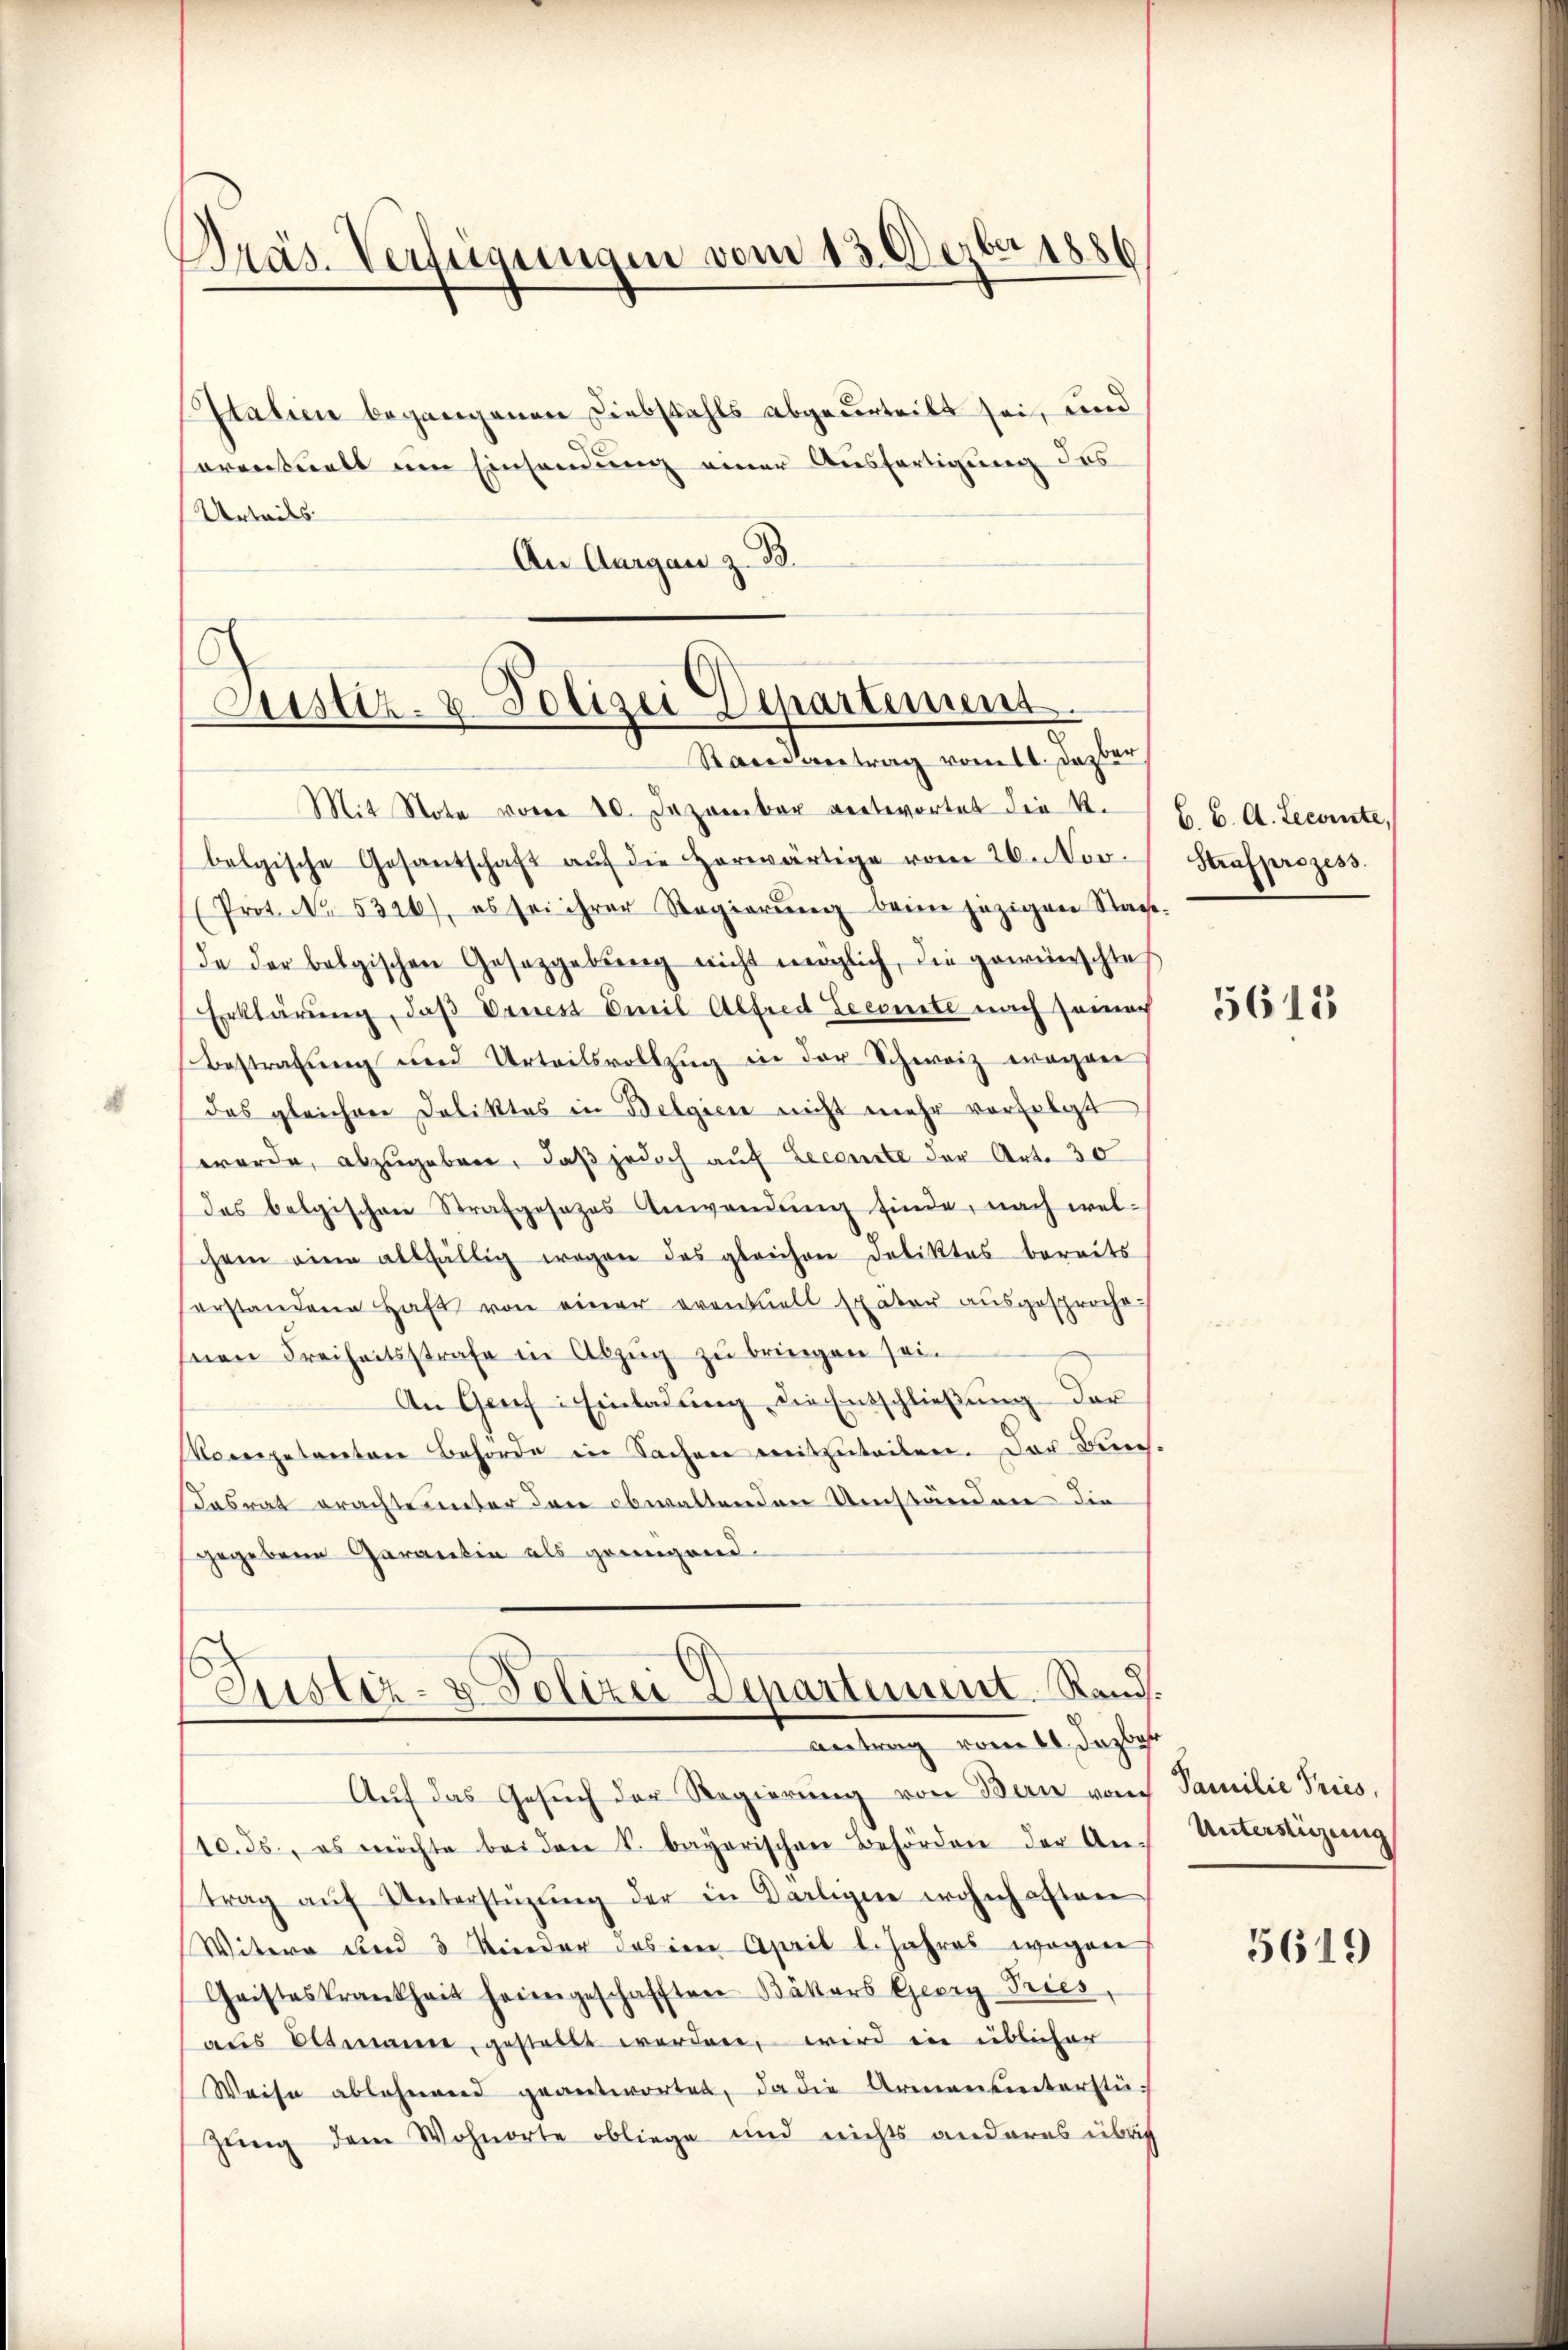
Präs. Verfügungen vom 13. Dezbr 1886

IItalien begangenen Diebstahls abgeurteilt sei, und
oventuell um Einsendung einer Ausfertigung des
Urteils
An Aargau z. B.

Justiz- & Polizei Departements
Randantrag vom 11. Dazber
Mit Note von 10. Dezember entwortet die K.

bolgische Gesantschaft aŭf die herwärtige vom 26. Nov.
(Prot. No. 5326), es sei ihrer Regierŭng beim jezigen Stadt.
da der belgischen Gesetzgebung nicht möglich, die gewünschte
Erklärung, daß Ernest Emil Alfred Leerute nach sonach
Bestrafung und Urteilsvollzug in der Schweiz waren
das gleichen Deliktes in Belgien nicht mehr verfolgt
werde, abzugeben, daß jedoch auf Lecourte der Art. 30
des belgischen Strafgesezes Anwendŭng finde, nach wel-
chem eine allfällig wegen des gleichen Deliktes bereits
erstandene Haft von einer eventuell Exäter ausgesproche
nen Freiheitsstrafe in Abzug zu bringen sei.
An Graf: Einladung die Entschließung der
Mocegetanten Behörde in Sachen mitzuteilen. Der Berec
Kasrat erachte unter den obwaltenden Umständen die
gegebene Garantin als genügend
Zustiz- & Polizei Departement Rand.
Antrag vom 11. Jazbar
Auf das Gesuch der Regierung von Bern von Familie Pries,
10.35., es möchte bei den S. bayerischen Behörden der An-
trag aŭf Unterstützŭng der in Karligen wohnhaften
Witwe und 3 Kinder das im April l. Jahres wegen
Geisteskrankheit heimgeschafften Bäkers Georg Pries,
aus Oltmann, gestellt werden, wird in üblicher
Weise ablehnend geantwortet, da die Armeneinterstüzung dem Wohnorte obliege und nichts anderes über

B. C. A. Zeconste,
Strafprozess

5615

Unterstützung

5619